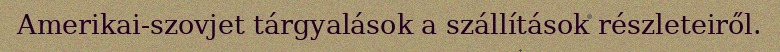
Amerikai-szovjet tárgyalások a szállítások részleteiről.